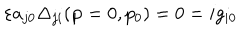
\varepsilon a _ { j 0 } \Delta _ { j i } ( \mathbf { p } = 0 , p _ { 0 } ) = 0 = i g _ { i 0 }